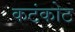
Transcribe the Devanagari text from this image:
कटंकोट